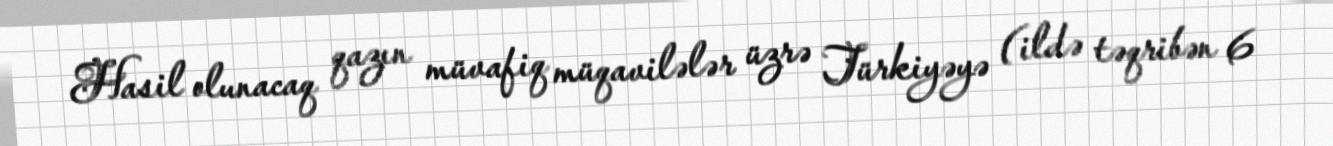
Hasil olunacaq qazın müvafiq müqavilələr üzrə Türkiyəyə (ildə təqribən 6